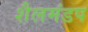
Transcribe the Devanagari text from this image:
शैलमंडप